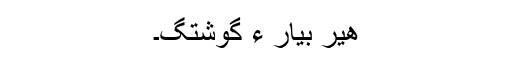
ھیر بیار ءَ گوشتگ۔